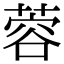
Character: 蓉